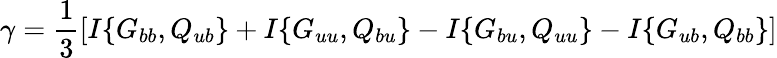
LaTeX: \gamma=\frac{1}{3}\left[{I\{ {G_{bb},Q_{ub}}\} +I\{ {G_{uu},Q_{bu}}\} -I\{ {G_{bu},Q_{uu}}\} -I\{ {G_{ub},Q_{bb}}\} }\right]